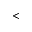
<